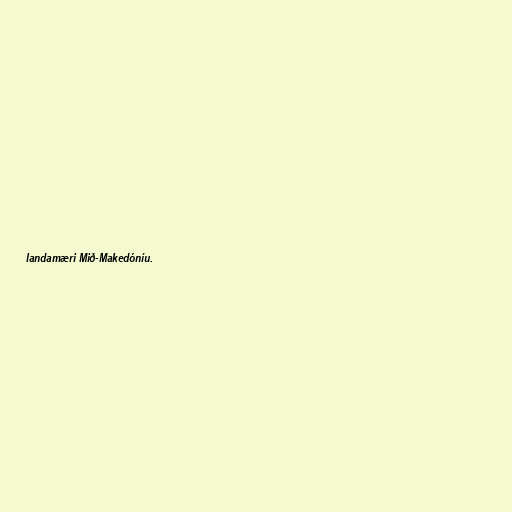
landamæri Mið-Makedóníu.